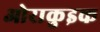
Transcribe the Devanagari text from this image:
ओराकुइक